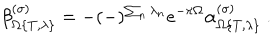
\beta _ { \Omega \{ T , \lambda \} } ^ { ( \sigma ) } = - ( - ) ^ { \sum _ { n } \lambda _ { n } } e ^ { - \pi \Omega } \alpha _ { \Omega \{ T , \lambda \} } ^ { ( \sigma ) } \ .